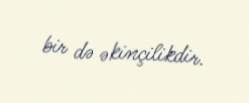
bir də əkinçilikdir.